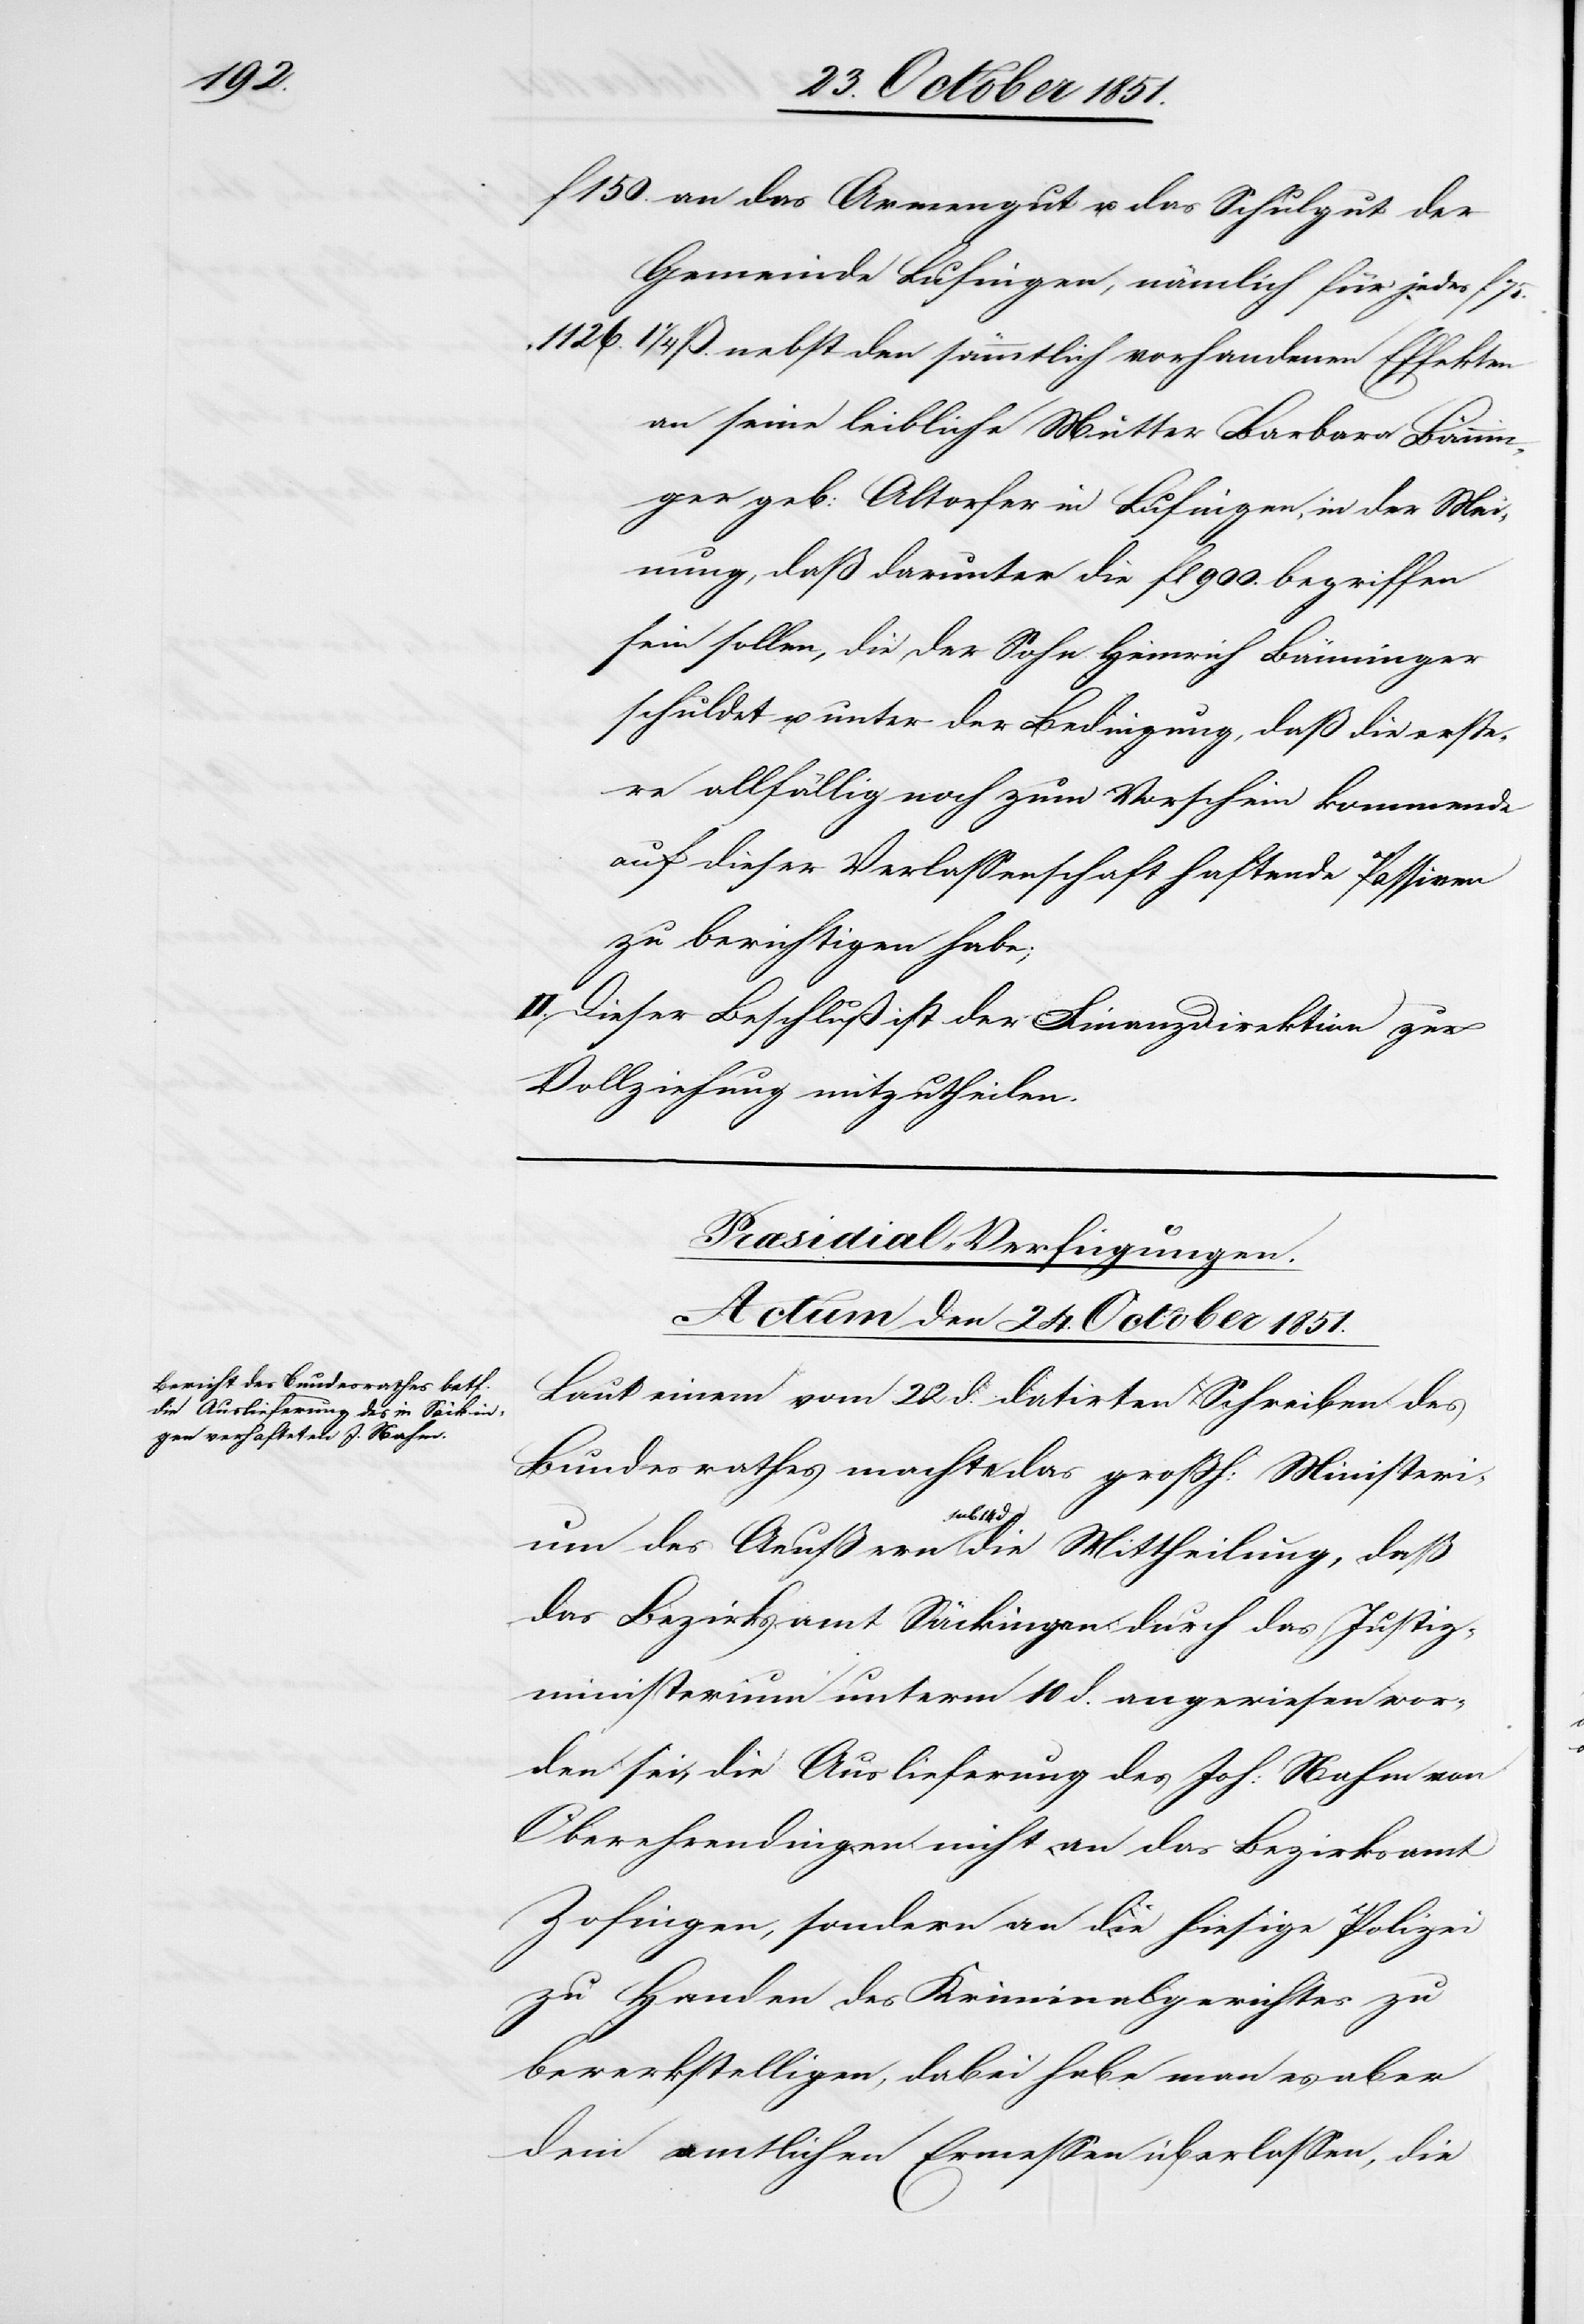
1/4 ß.

an das Armengut u. das Schulgut der
Gemeinde Lufingen, nämlich für jedes f 75.
nebst den sämmtlich vorhandenen Effekten
an seine leibliche Mutter Barbara Bänni¬
nger geb: Altorfer in Lufingen, in der Mei¬
nung, daß darunter die fl 900. begriffen
sein sollen, die der Sohn Heinrich Bänninger
schuldet u. unter der Bedingung, daß die erster¬
e allfällig noch zum Vorschein kommende
auf dieser Verlassenschaft haftende Passiven
zu berichtigen habe;
II. Dieser Beschluß ist der Finanzdirektion zur
Vollziehung mitzutheilen.
Præsidial-Verfügungen.
Actum den 24. October 1851.
Laut einem vom 22 d. datirten Schreiben des
Bundesrathes machte das großh: Ministeri¬
um des Aeußern sub 14 d. die Mittheilung, daß
das Bezirksamt Säckingen durch das Justiz¬
ministerium unterm 10 d. angewiesen wor¬
den sei, die Auslieferung des Joh: Nahm von
Oberehrendingen nicht an das Bezirksamt
Zofingen, sondern an die hiesige Polizei
zu Handen des Kriminalgerichtes zu
bewerkstelligen, dabei habe man es aber
dem amtlichen Ermessen überlassen, die